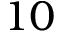
1 0